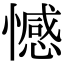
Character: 憾